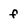
Character: f